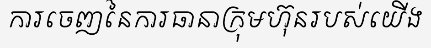
ការចេញនៃការធានាក្រុមហ៊ុនរបស់យើង